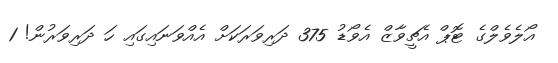
އޯލެވެލްގެ ޓޮޕް އެޗީވާޒް އެވޯޑު 375 ދަރިވަރަކަށް އެއްވަނައިގައި ހަ ދަރިވަރުން! 1